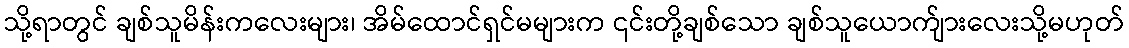
သို့ရာတွင် ချစ်သူမိန်းကလေးများ၊ အိမ်ထောင်ရှင်မများက ၎င်းတို့ချစ်သော ချစ်သူယောက်ျားလေးသို့မဟုတ်